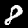
Label: 8